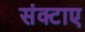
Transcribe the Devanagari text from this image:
संक्टाए